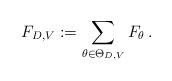
LaTeX: \begin{align*}F_{D,V}:=\sum_{\theta\in \Theta_{D,V}} F_\theta\,.\end{align*}